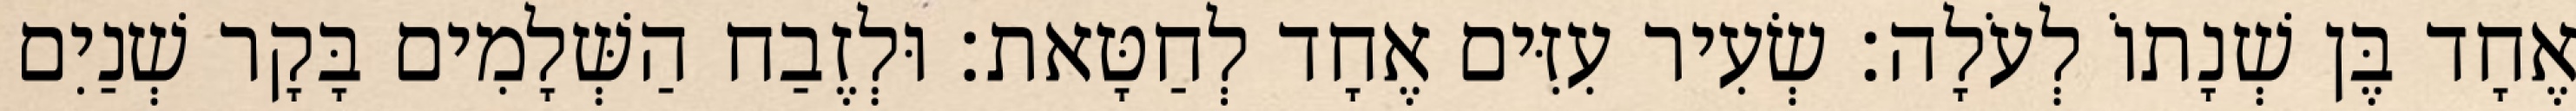
אֶחָד בֶּן שְׁנָתוֹ לְעֹלָה׃ שְׂעִיר עִזִּים אֶחָד לְחַטָּאת׃ וּלְזֶבַח הַשְּׁלָמִים בָּקָר שְׁנַיִם